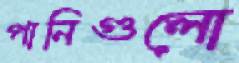
পানিগুলো